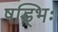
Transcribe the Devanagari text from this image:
षड्भिः